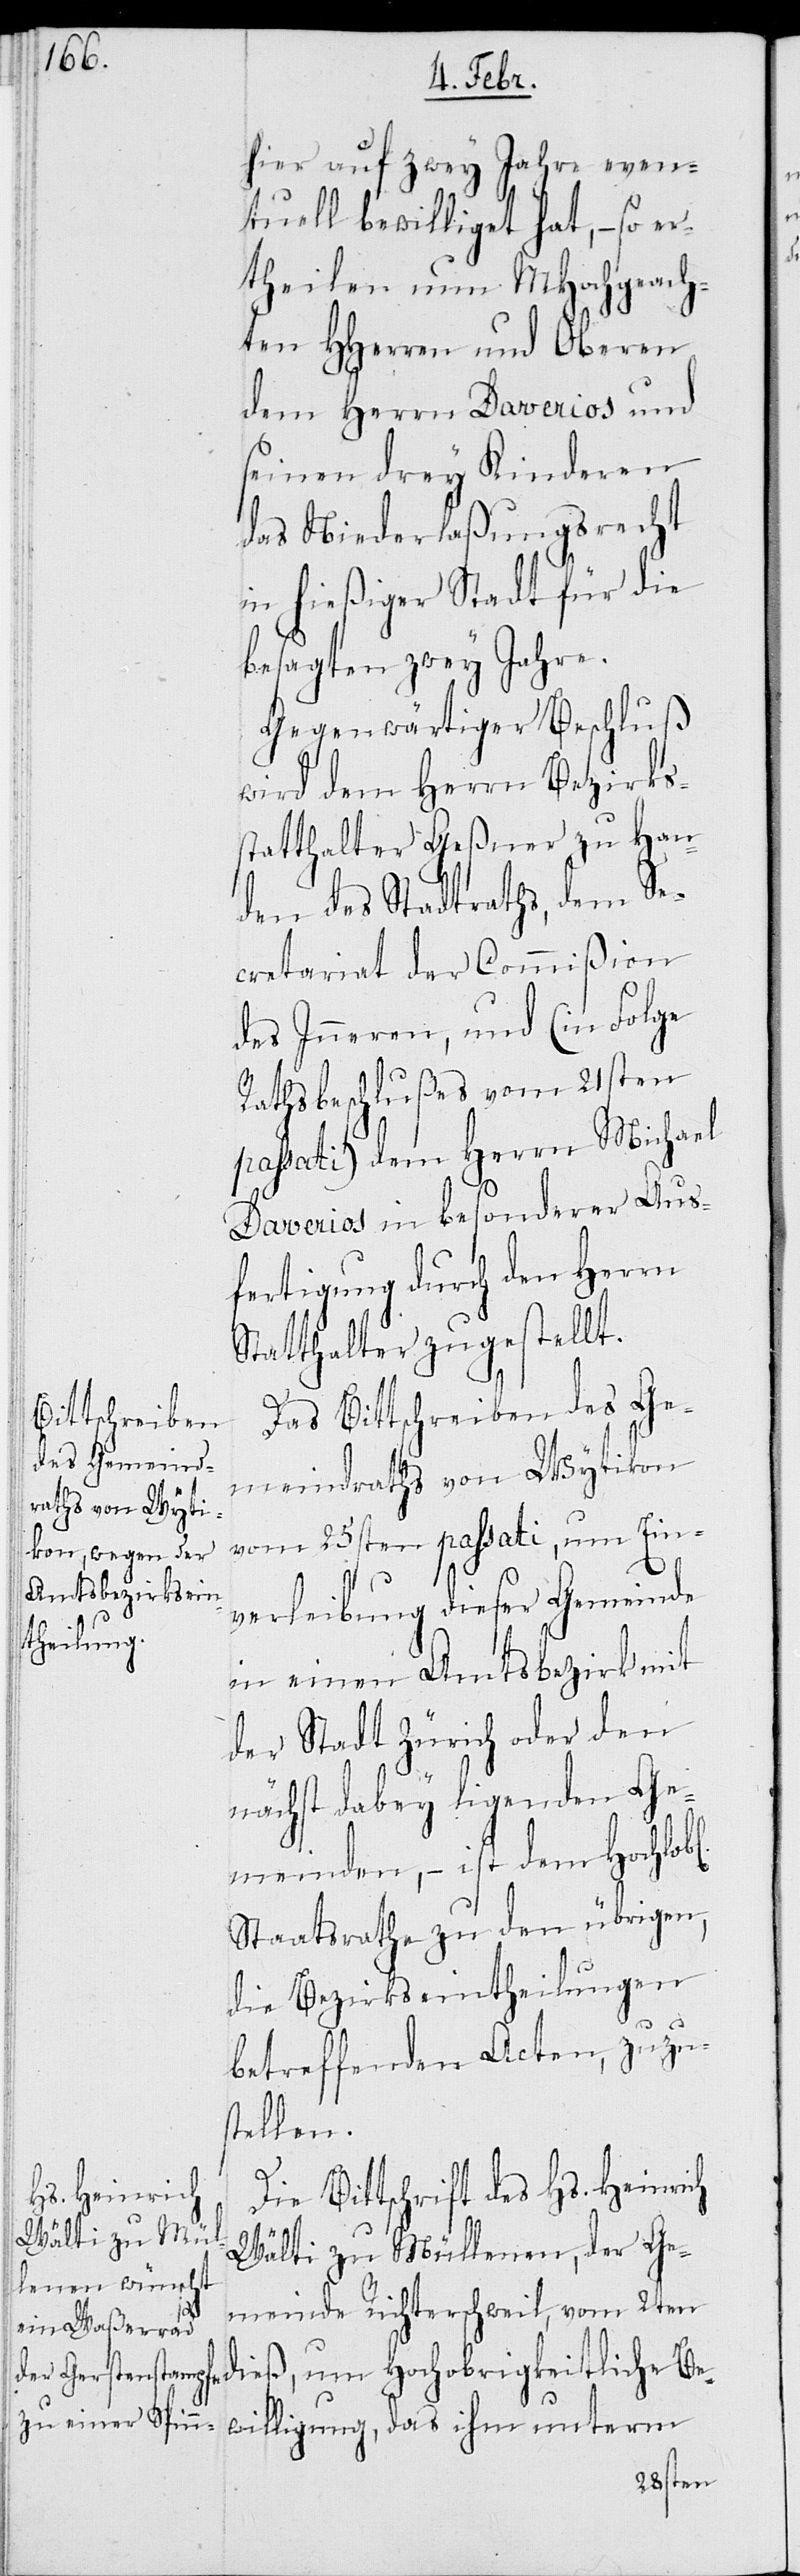
hier auf zwey Jahre even¬
tuell bewilliget hat, – so er¬
theilen nun MHochgeach¬
ten HHerren und Oberen
dem Herrn Daverios und
seinen drey Kinderen
das Niederlaßungsrecht
in hießiger Stadt für die
besagten zwey Jahre.
Gegenwärtiger Beschluß
wird dem Herrn Bezirks¬
statthalter Geßner zu Han¬
den des Stadtraths, dem Se¬
cretariat der Commißion
des Inneren, und (in Folge
Rathsbeschlußes vom 21sten
passati) dem Herrn Michael
Daverios in besonderer Aus¬
fertigung durch den Herrn
Statthalter zugestellt.
Das Bittschreiben des Ge¬
meindrats von Wytikon
vom 25sten passati, um Ein¬
verleibung dieser Gemeinde
in einen Amtsbezirk mit
der Stadt Zürich oder den
nächst dabey ligenden Ge¬
meinden, – ist dem Hochlob¬
Staatsrathe zu den übrigen,
die Bezirkseintheilungen
betreffenden Acten, zuzus¬
tellen.
Die Bittschrift des Hs. Heinrich
Wälti zu Müllenen, der Ge¬
meinde Richterschweil, vom 2ten
dieß, um Hochobrigkeitliche Be¬
willigung, das ihm unterm